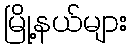
မြို့နယ်များ